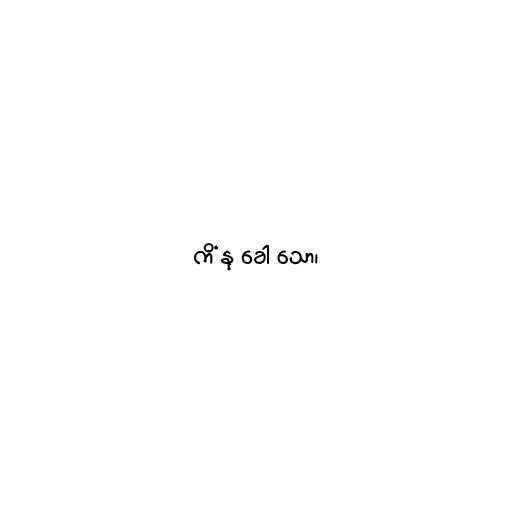
ကိံ နု ခေါ သော၊